Mental hospitals Bombay report 1929-33 - 1929-1933
Year: 1929
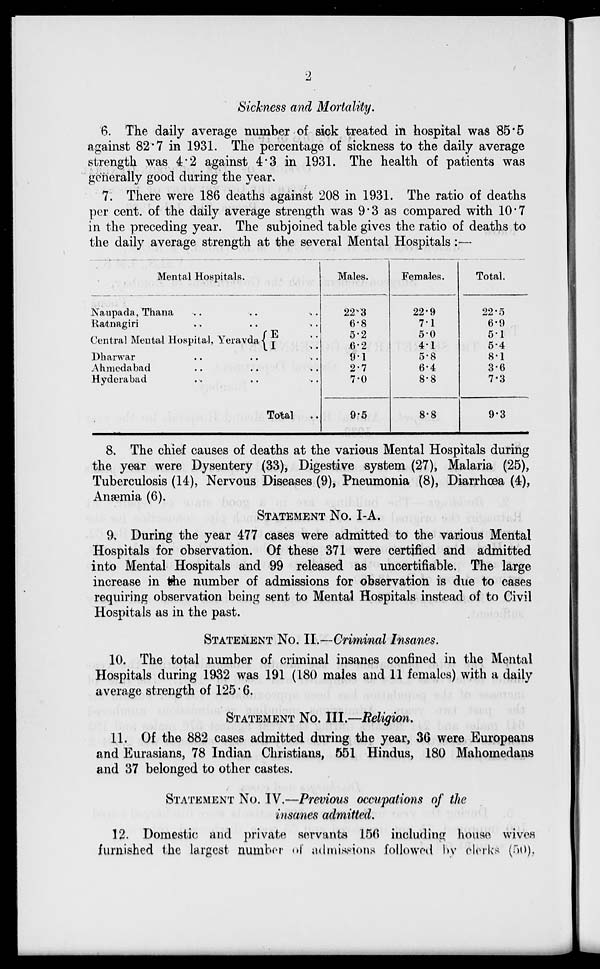
2
Sickness and Mortality.
6. The daily average number of sick treated in hospital was 85.5
against 82.7 in 1931. The percentage of sickness to the daily average
strength was 4.2 against 4.3 in 1931. The health of patients was
generally good during the year.
7. There were 186 deaths against 208 in 1931. The ratio of deaths
per cent. of the daily average strength was 9.3 as compared with 10.7
in the preceding year. The subjoined table gives the ratio of deaths to
the daily average strength at the several Mental Hospitals :—
Mental Hospitals.
Naupada, Thana .. .. ..
Ratnagiri .. .. ..
Central Mental Hospital, Yeravda E ..
I ..
Dharwar .. .. ..
Ahmedabad .. .. ..
Hyderabad .. .. ..
Total
..
Males.
22.3
6.8
5.2
6.2
9.1
2.7
7.0
9.5
Females.
22.9
7.1
5.0
4.1
5.8
6.4
8.8
8.8
Total.
22.5
6.9
5.1
5.4
8.1
3.6
7.3
9.3
8. The chief causes of deaths at the various Mental Hospitals during
the year were Dysentery (33), Digestive system (27), Malaria (25),
Tuberculosis (14), Nervous Diseases (9), Pneumonia (8), Diarrhœa (4),
Anæmia (6).
STATEMENT No. I-A.
9. During the year 477 cases were admitted to the various Mental
Hospitals for observation. Of these 371 were certified and admitted
into Mental Hospitals and 99 released as uncertifiable. The large
increase in the number of admissions for observation is due to cases
requiring observation being sent to Mental Hospitals instead of to Civil
Hospitals as in the past.
STATEMENT No. II.—Criminal Insanes.
10. The total number of criminal insanes confined in the Mental
Hospitals during 1932 was 191 (180 males and 11 females) with a daily
average strength of 125.6.
STATEMENT No. III.—Religion.
11. Of the 882 cases admitted during the year, 36 were Europeans
and Eurasians, 78 Indian Christians, 551 Hindus, 180 Mahomedans
and 37 belonged to other castes.
STATEMENT No. IV.—Previous occupations of the
insanes admitted.
12. Domestic and private servants 156 including house wives
furnished the largest number of admissions followed by clerks (50),